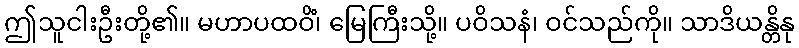
ဤသူငါးဦးတို့၏။ မဟာပထဝိံ၊ မြေကြီးသို့။ ပဝိသနံ၊ ဝင်သည်ကို။ သာဒိယန္တိနု